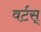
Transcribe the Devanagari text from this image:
वर्टस्